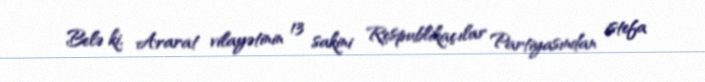
Belə ki, Ararat vilayətinin 13 sakini Respublikaçılar Partiyasından istefa